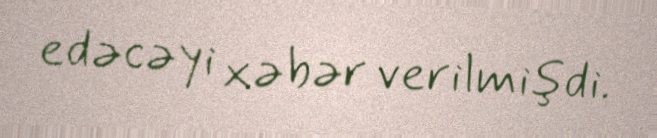
edəcəyi xəbər verilmişdi.